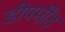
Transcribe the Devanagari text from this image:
डीपमींड़